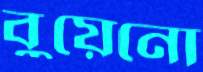
বুয়েনো